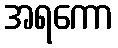
အရကော